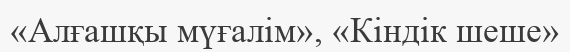
«Алғашқы мүғалім», «Кіндік шеше»